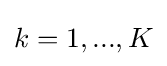
k=1,...,K